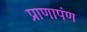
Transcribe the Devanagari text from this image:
प्राणापंण